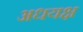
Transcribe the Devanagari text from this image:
अधयक्ष